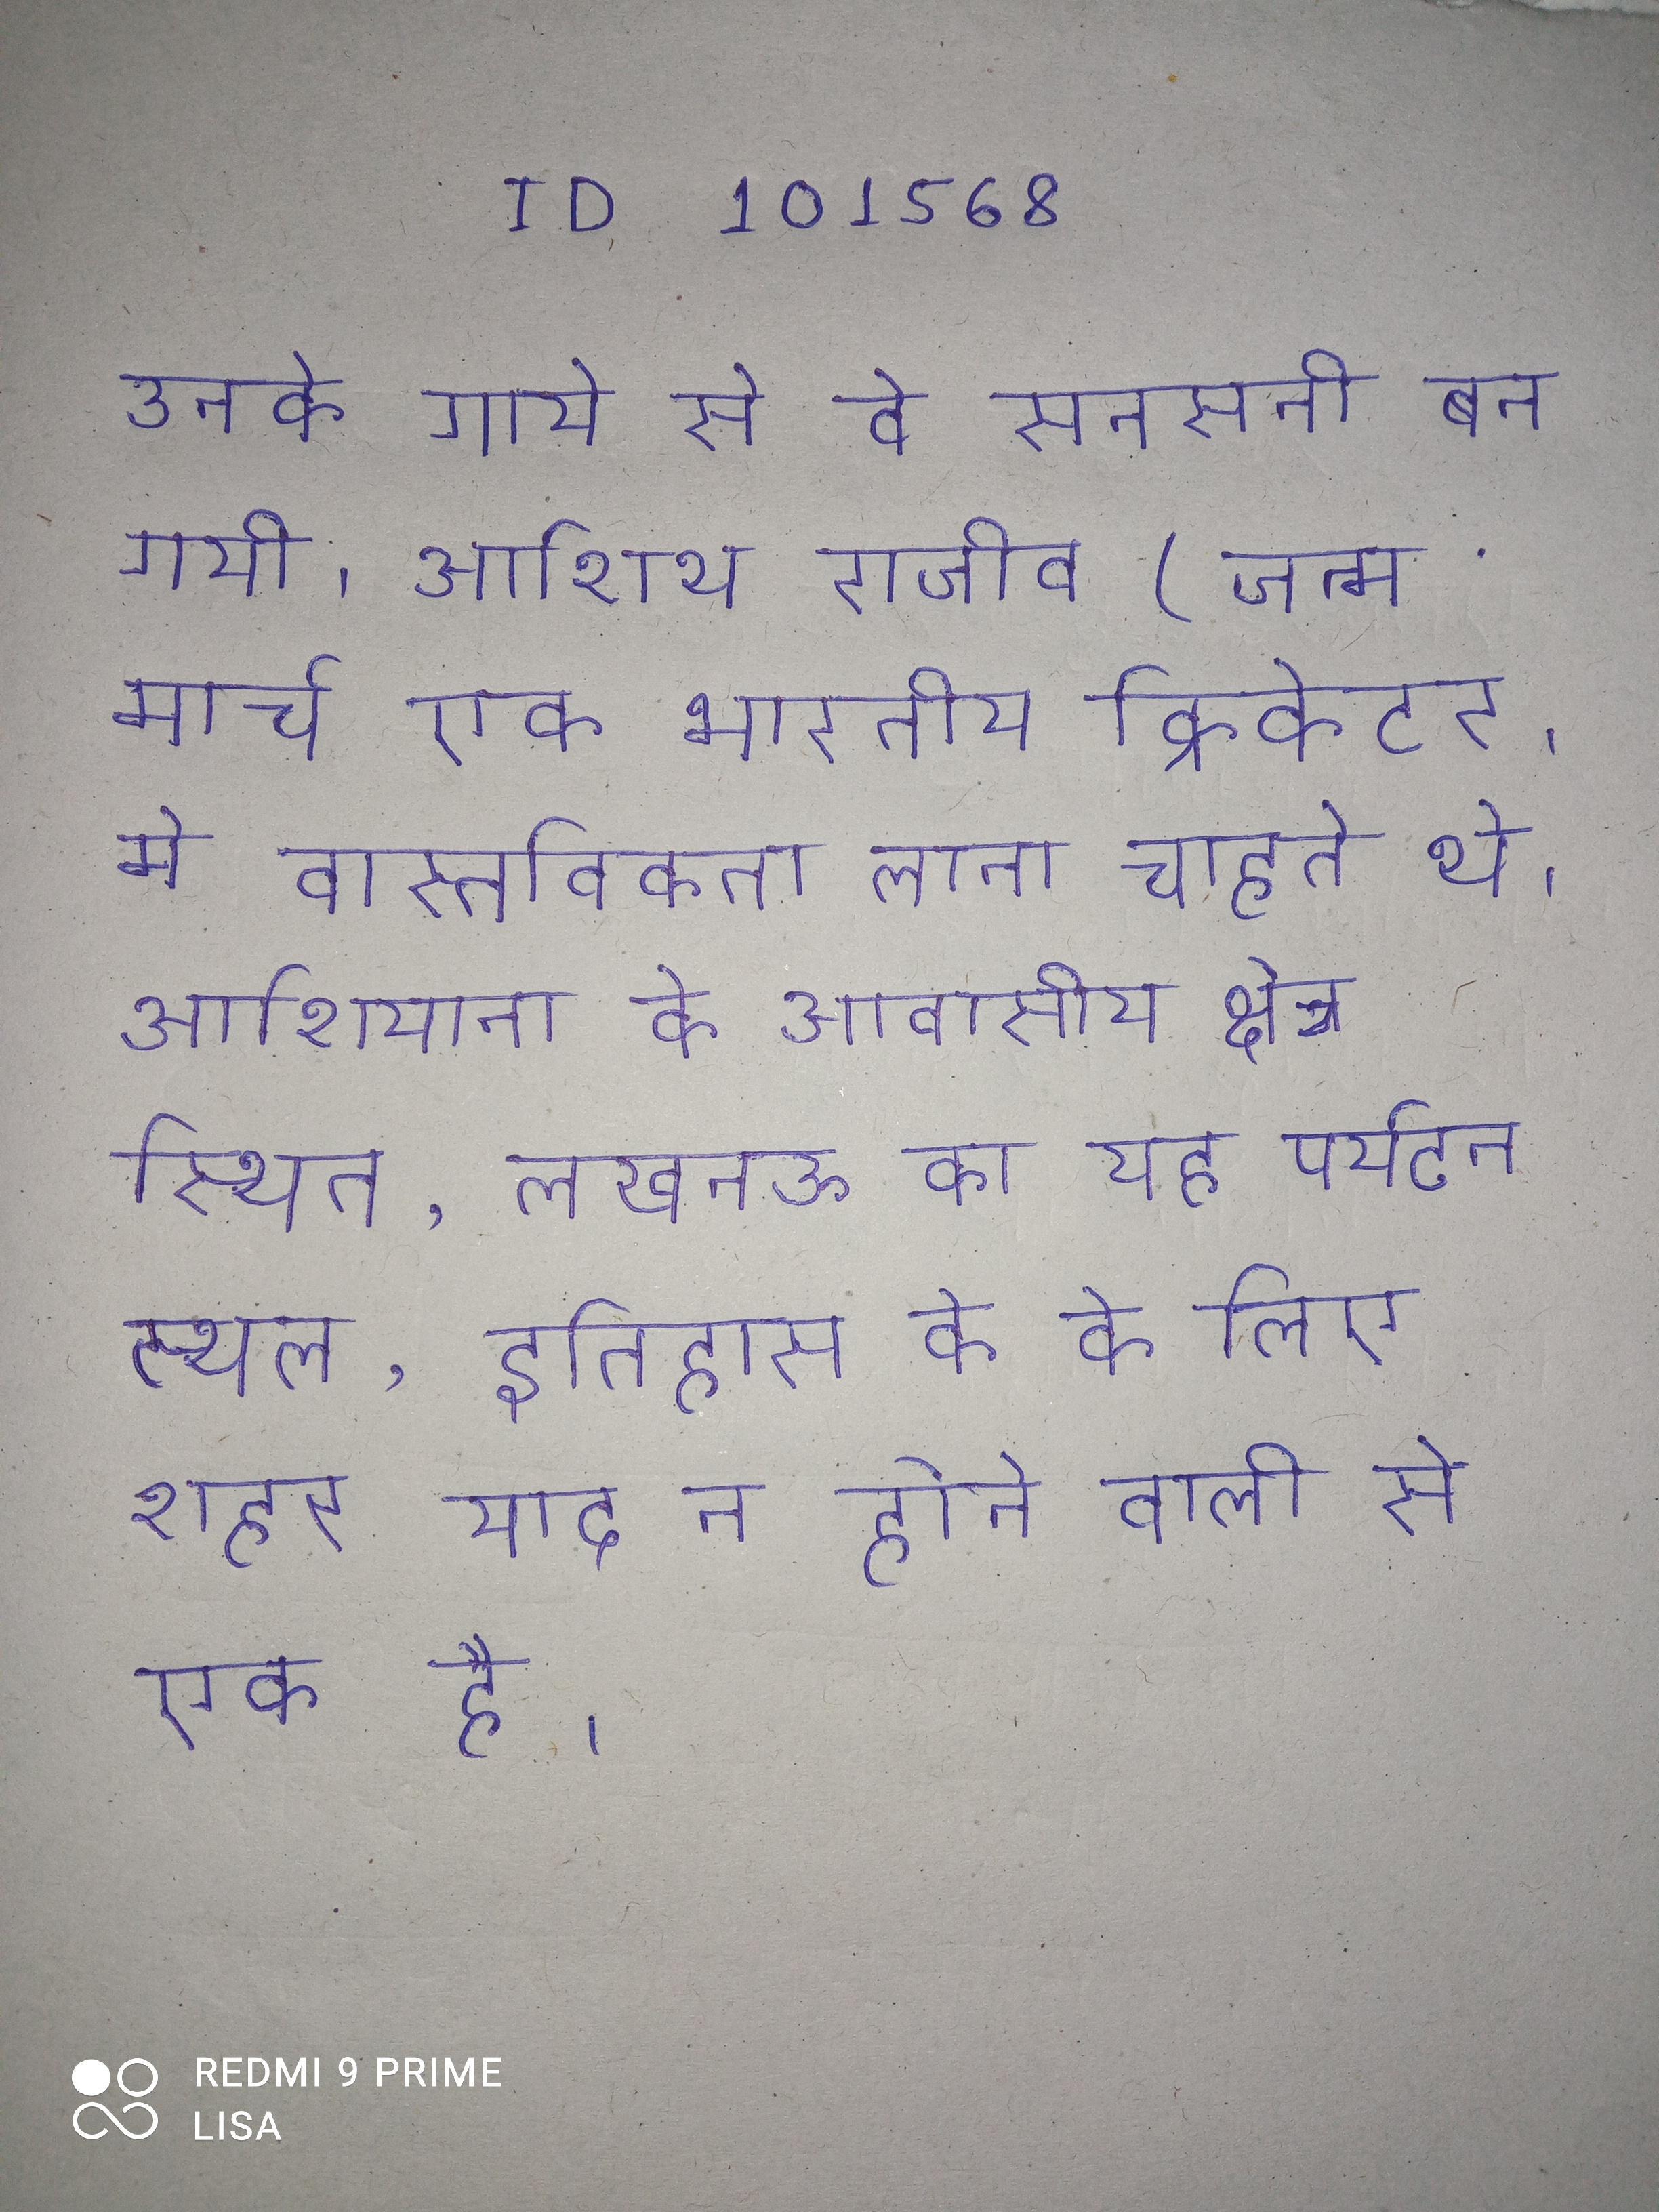
उनके गाये से वे सनसनी बन गयी । आशिथ राजीव (जन्म मार्च एक भारतीय क्रिकेटर । मे वास्तविकता लाना चाहते थे । आशियाना के आवासीय क्षेत्र स्थित, लखनऊ का यह पर्यटन स्थल, इतिहास के के लिए शहर याद न होने वाली से एक है ।